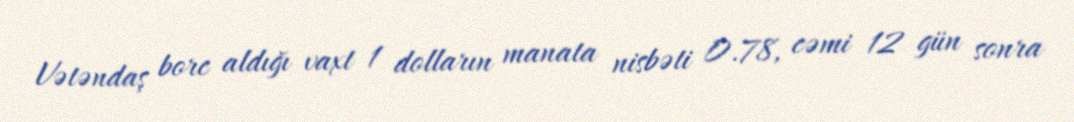
Vətəndaş borc aldığı vaxt 1 dolların manata nisbəti 0.78, cəmi 12 gün sonra